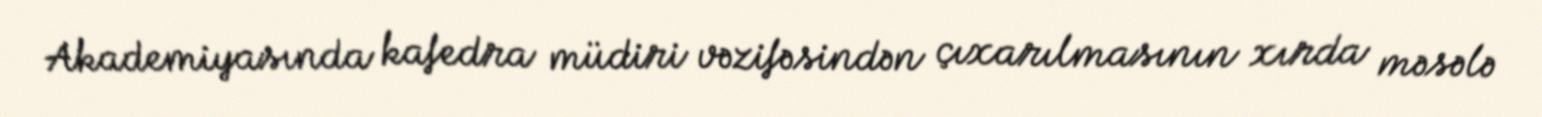
Akademiyasında kafedra müdiri vəzifəsindən çıxarılmasının xırda məsələ